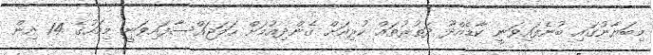
މިބަޔާނުގައި ބުނެފައިވަނީ ކާޑެއްދޫ ދަތުރުތައް ކުރިއަށް ގެންދިއުމަށް ހަމަޖައްސާފައިވަނީ މިމަހުގެ 14 އިން